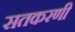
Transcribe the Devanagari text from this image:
सतकरणी